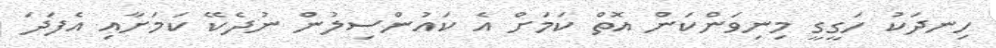
ހިނދަކު ހަގީގީ މިނިވަންކަން އޮތް ކަމަށް އެ ކައުންސިލުން ނުދެކޭ ކަމަށާއި އެފަދަ